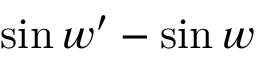
\ \sin w ^ { \prime } - \sin w